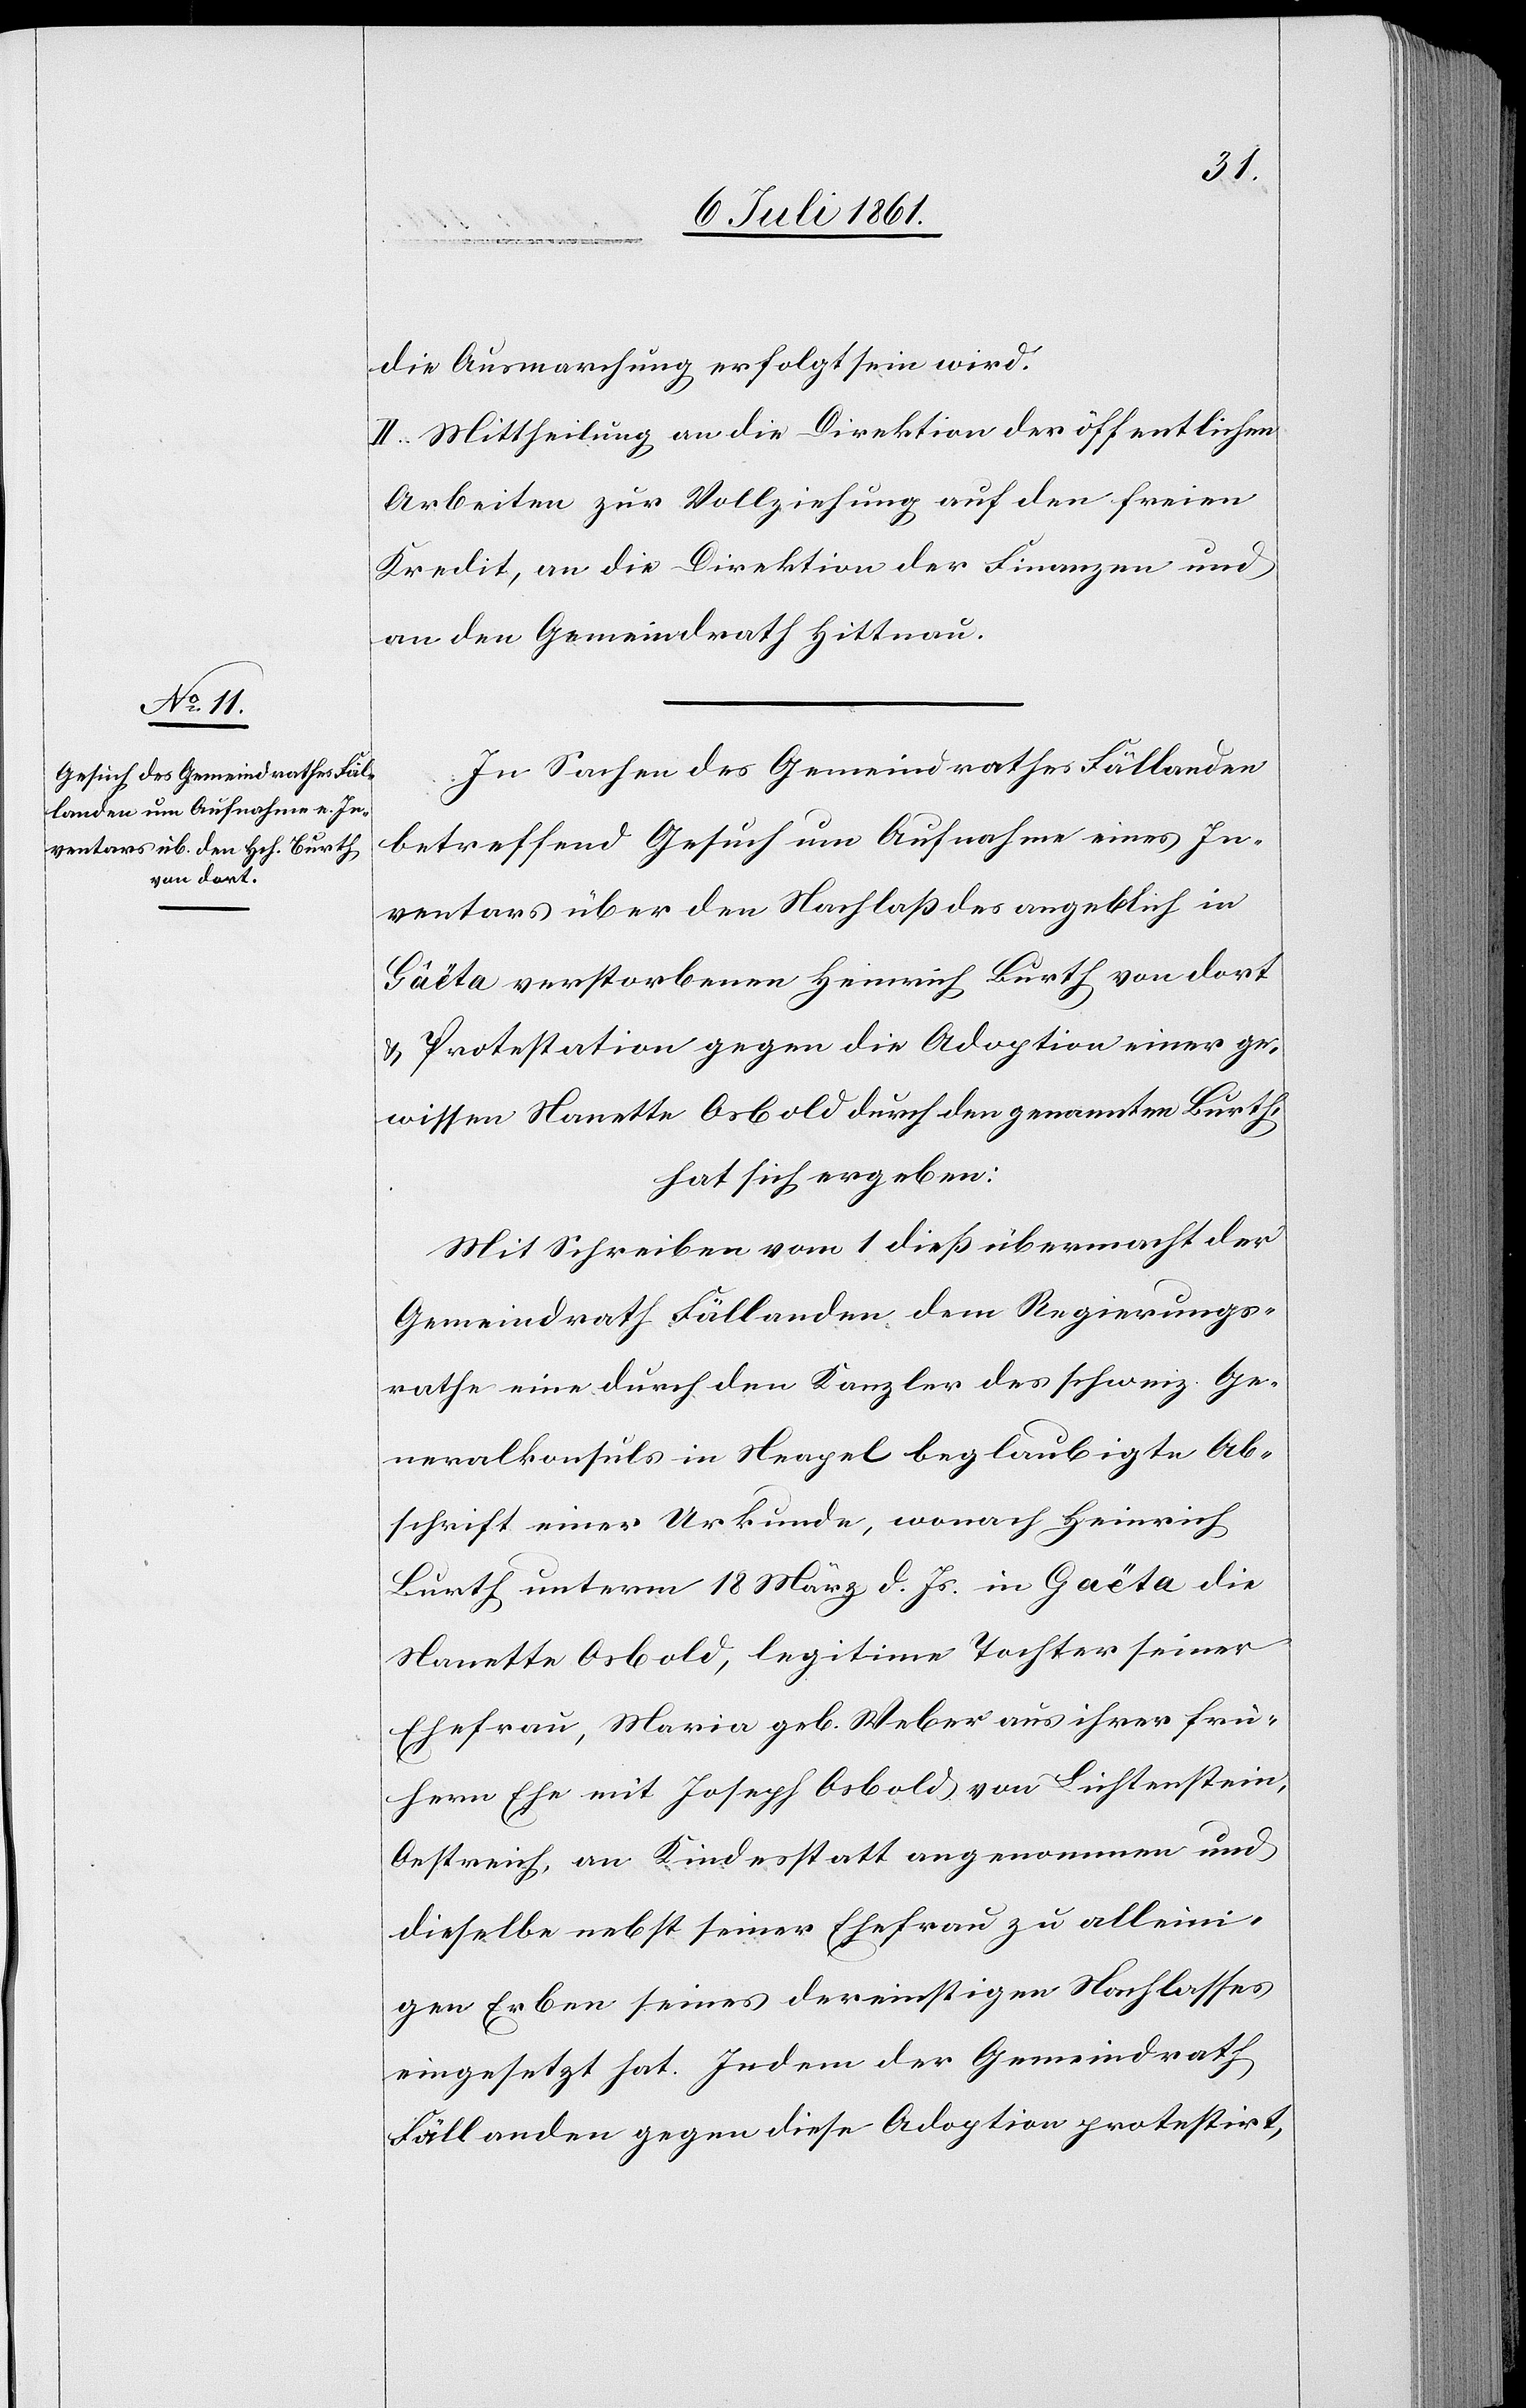
die Ausmarchung erfolgt sein wird.
II. Mittheilung an die Direktion der öffentlichen
Arbeiten zur Vollziehung auf den freien
Kredit, an die Direktion der Finanzen und
an den Gemeindrath Hittnau.
In Sachen des Gemeindrathes Fällanden
betreffend Gesuch um Aufnahme eines In¬
ventars über den Nachlaß des angeblich in
Gâëta verstorbenen Heinrich Burth von dort
u. Protestation gegen die Adoption einer ge¬
wissen Nanette Osbold durch den genannten Burth,
hat sich ergben:
Mit Schreiben vom 1 dieß übermacht der
Gemeindrath Fällanden dem Regierungs¬
rathe eine durch den Kanzler des schweiz. Ge¬
neralkonsuls in Neapel beglaubigte Ab¬
schrift einer Urkunde, wonach Heinrich
Burth unterm 18 März d. Js. in Gaëta die
Nanette Osbold, legitime Tochter seiner
Ehefrau, Maria geb. Weber aus ihrer frü¬
hern Ehe mit Joseph Osbold von Lichtenstein,
Oestreich, an Kindesstatt angenommen und
dieselbe nebst seiner Ehefrau zu alleini¬
gen Erben seines dereinstigen Nachlasses
eingesetzt hat. Indem der Gemeindrath
Fällanden gegen diese Adoption protestirt,